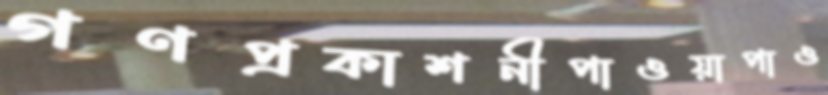
গণপ্রকাশনীপাওয়াপাও